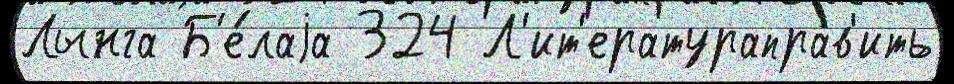
Лынга Б'е́лаjа 324 Л'ит'ератураправ'ить